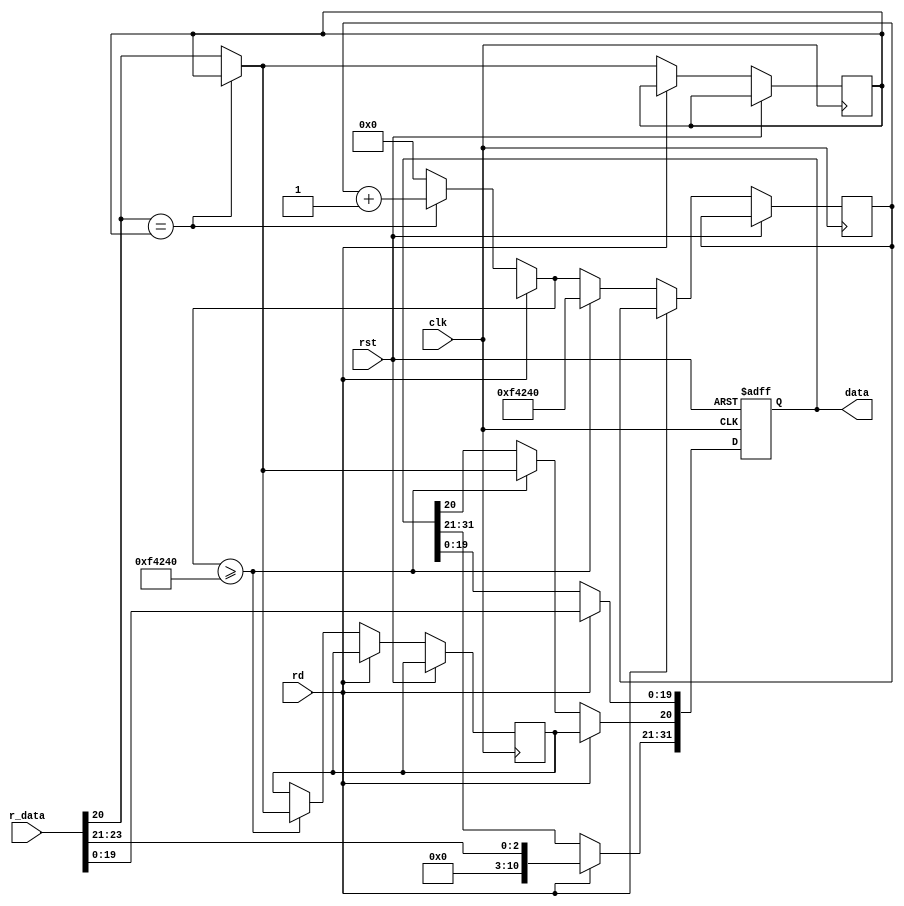
`timescale 1ns / 1ps
//////////////////////////////////////////////////////////////////////////////////
// Company: 
// Engineer: 
// 
// Design Name: 
// Module Name: Switch
// Project Name: 
// Target Devices: 
// Tool Versions: 
// Description: 
// 
// Dependencies: 
// 
// Revision:
// Revision 0.01 - File Created
// Additional Comments:
// 
//////////////////////////////////////////////////////////////////////////////////


module Switch(
       clk,rst,rd,data,r_data
    );
    input clk;                  //
    input rst;                  //
    input rd;                   //
    output [31:0]data;
    input [23:0]r_data;
    reg [31:0]cnt=0;
    reg lst=0;
    reg ans=0;
    reg [31:0]res;
    always @(negedge clk or posedge rst)begin
        if (rst)begin
            res<=0;
        end 
        else if (rd)begin
            res={8'b00000000,r_data[23:21],ans,r_data[19:0]};
        end
        else begin
            res<=res;
            if (r_data[20]==lst)cnt=cnt+1;
            else begin
	lst=r_data[20];
	cnt=0;
            end
            if (cnt>=1000000)begin
	cnt=1000000;
                res[20]=lst;
	ans=lst;
            end
        end
    end
    assign data=res;
endmodule